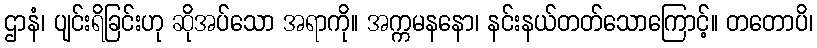
ဌာနံ၊ ပျင်းရိခြင်းဟု ဆိုအပ်သော အရာကို။ အက္ကမနနော၊ နင်းနယ်တတ်သောကြောင့်။ တတောပိ၊